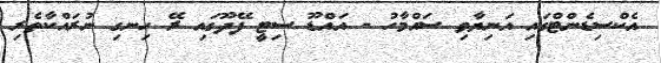
އެކްސިޑެންޓްގައި އަނިޔާވި ސައްމާހު - އައްޑޫ ސިޓީ ފޭދޫގައި ރޭ ހިނގި ނުރައްކާތެރި